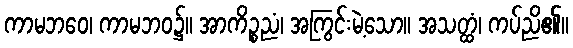
ကာမဘဝေ၊ ကာမဘဝ၌။ အာကိဉ္စညံ၊ အကြွင်းမဲ့သော။ အသတ္ထံ၊ ကပ်ညိ၏။